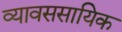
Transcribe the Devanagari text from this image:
व्यावससायिक